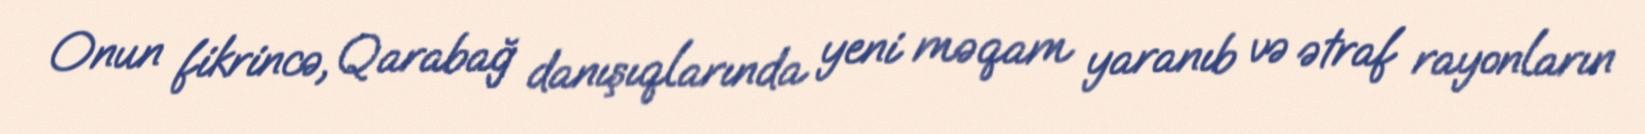
Onun fikrincə, Qarabağ danışıqlarında yeni məqam yaranıb və ətraf rayonların